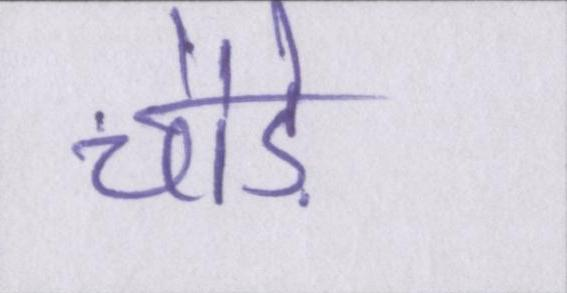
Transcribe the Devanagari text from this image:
चौड़े